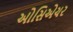
ઓસિએચર